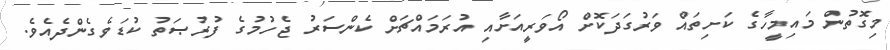
މިގޮތުން މައިމީހާގެ ކަށިތައް ވަރުގަދަކޮށް އޯވަރީއަށާއި އުރަމައްޗަށް ކެންސަރު ޖެހުމުގެ ފުރުޞަތު ކުޑަވެގެންދެއެވެ.